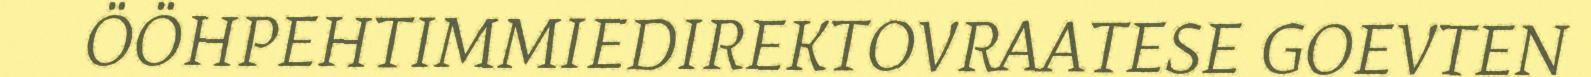
ÖÖHPEHTIMMIEDIREKTOVRAATESE GOEVTEN